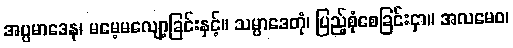
အပ္ပမာဒေန၊ မမေ့မလျော့ခြင်းနှင့်။ သမ္ပာဒေတုံ၊ ပြည့်စုံစေခြင်းငှာ။ အလမေဝ၊